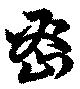
密